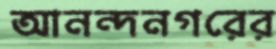
আনন্দনগরের